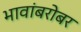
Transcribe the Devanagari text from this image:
भावांबरोबर